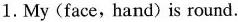
1.My(face，hand) is round.